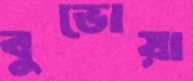
বুভোয়া